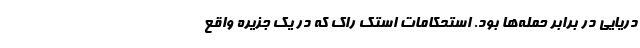
دریایی در برابر حمله‌ها بود. استحکامات استک راک که در یک جزیره واقع